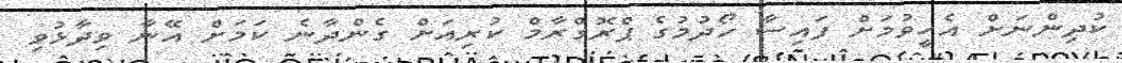
ކުދިންނަށް އެހީވުމަށް ފައިސާ ހޯދުމުގެ ޕްރޮގްރާމް ކުރިއަށް ގެންދާނެ ކަމަށް އޭނާ ވިދާޅުވި